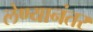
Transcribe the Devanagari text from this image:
लेण्यानंतर